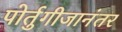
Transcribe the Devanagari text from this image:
पोर्तुगीजानंतर